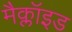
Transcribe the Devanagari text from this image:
मैक्लॉइड